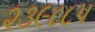
૨૩૯૮૮૫